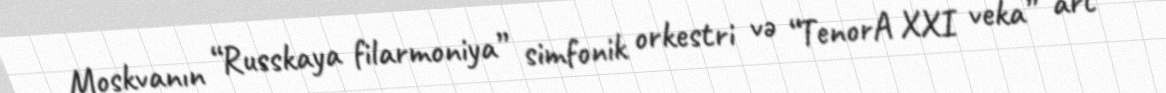
Moskvanın “Russkaya filarmoniya” simfonik orkestri və “TenorA XXI veka” art